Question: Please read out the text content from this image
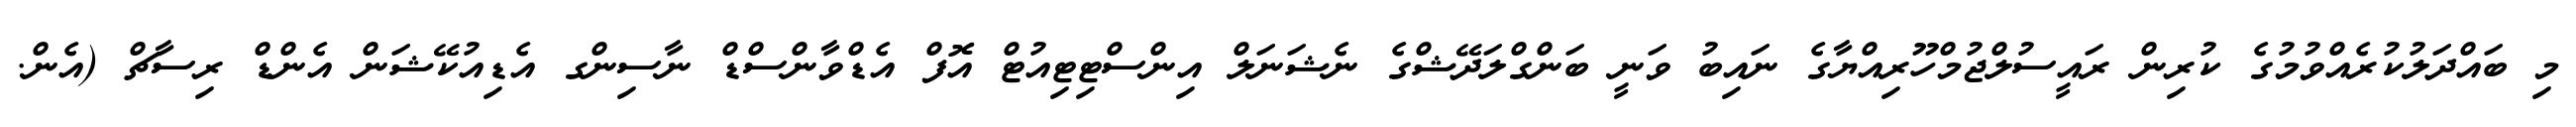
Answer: މި ބައްދަލުކުރެއްވުމުގެ ކުރިން ރައީސުލްޖުމްހޫރިއްޔާގެ ނައިބު ވަނީ ބަންގްލަދޭޝްގެ ނެޝަނަލް އިންސްޓިޓިއުޓް އޮފް އެޑްވާންސްޑް ނާސިންގ އެޑިއުކޭޝަން އެންޑް ރިސާޗް (އެން.